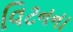
વિટનના